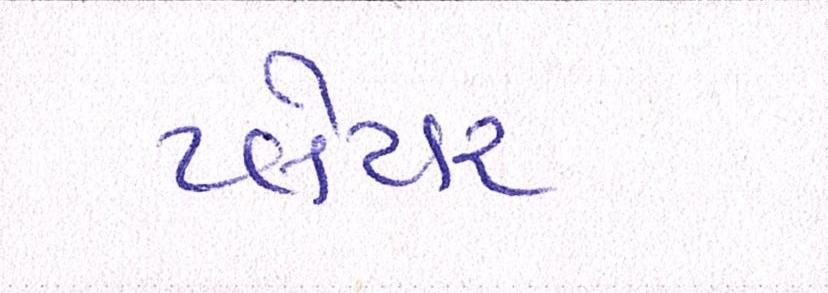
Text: પ્લેયર